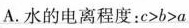
A. 水的电离程度：$$c > b > a$$